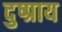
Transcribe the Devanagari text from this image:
दुष्प्राय